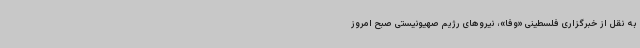
به نقل از خبرگزاری فلسطینی «وفا»، نیروهای رژیم صهیونیستی صبح امروز